Juri_Uluots, lk 77
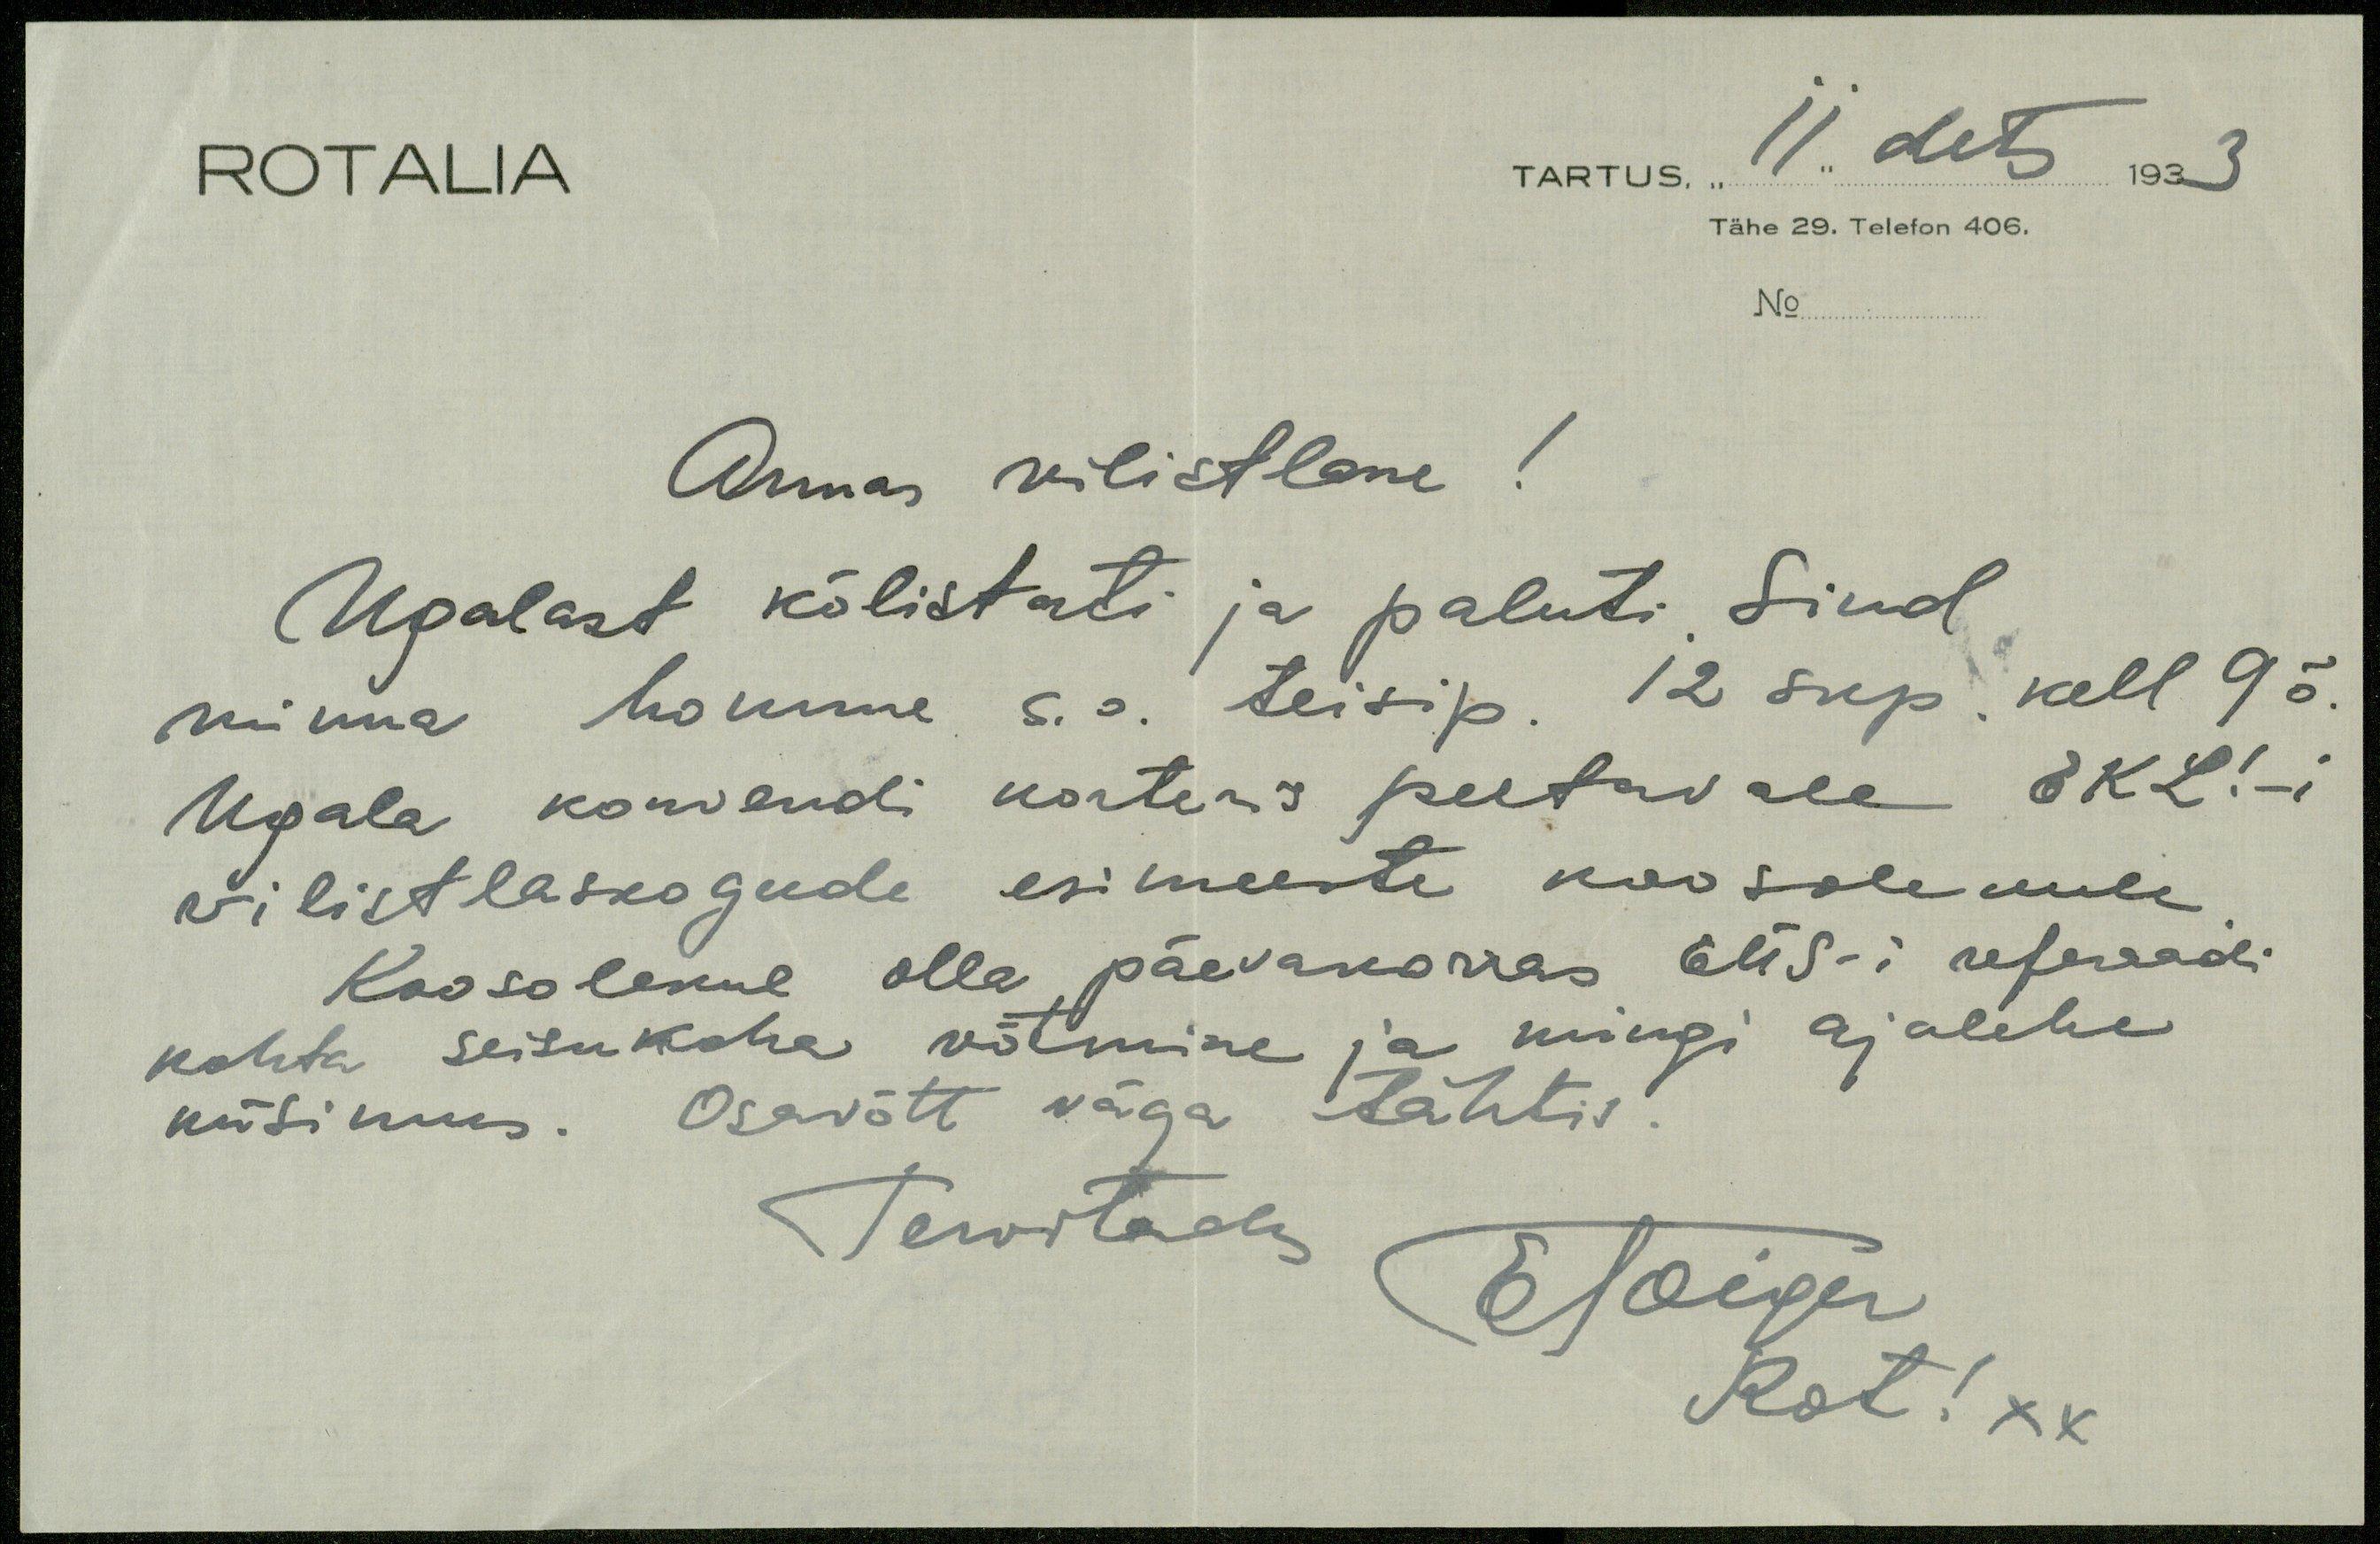
ROTALIA
TARTUS. 11. dets 1933
Tähe 29. Teleton 406.
No
Armas vilistlane!
Ugalast kõlistati ja paluti Sind
minna homme s. o. teisip. 12 skp. kell. 9 õ.
Ugala korvendi korteris peetavale EKL!-i
wilistlaskogude esimeeste koosolekule
Koosolekul olla päevakorras EÜS-i referaadi
kohta seisukoha võtmine ja mingi ajalehe
küsimus. Osavõtt väga tähtis
Tervitades
EToiger
Rot! xx